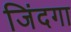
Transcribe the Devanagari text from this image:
जिंदगा